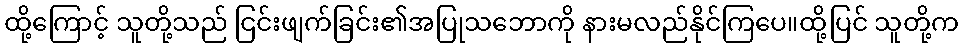
ထို့ကြောင့် သူတို့သည် ငြင်းဖျက်ခြင်း၏အပြုသဘောကို နားမလည်နိုင်ကြပေ။ထို့ပြင် သူတို့က